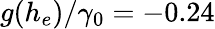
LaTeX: g(h_{e})/\gamma_{0}=-0.24